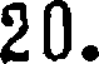
20.